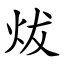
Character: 炦